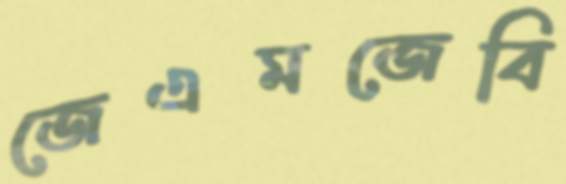
জেএমজেবি